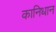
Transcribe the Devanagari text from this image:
कानिधान